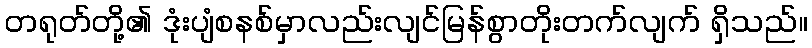
တရုတ်တို့၏ ဒုံးပျံစနစ်မှာလည်းလျင်မြန်စွာတိုးတက်လျက် ရှိသည်။